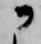
に